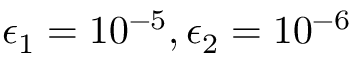
\epsilon _ { 1 } = 1 0 ^ { - 5 } , \epsilon _ { 2 } = 1 0 ^ { - 6 }